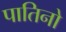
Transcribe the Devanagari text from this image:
पातिनो